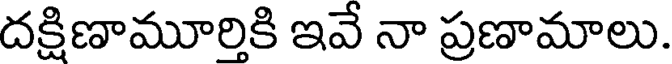
దక్షిణామూర్తికి ఇవే నా ప్రణామాలు.